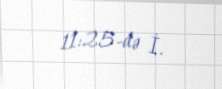
11:25-də İ.